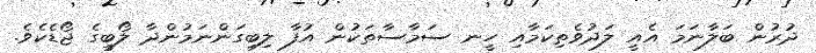
ދުރުން ބަލާނަމަ އެއީ ލަދުވެތިކަމާއި ހީނ ސަމާސާތަކުން އުފާ ލިބިގަންނަމުންދާ ލޯބީގެ ޖޯޑެކެވެ.